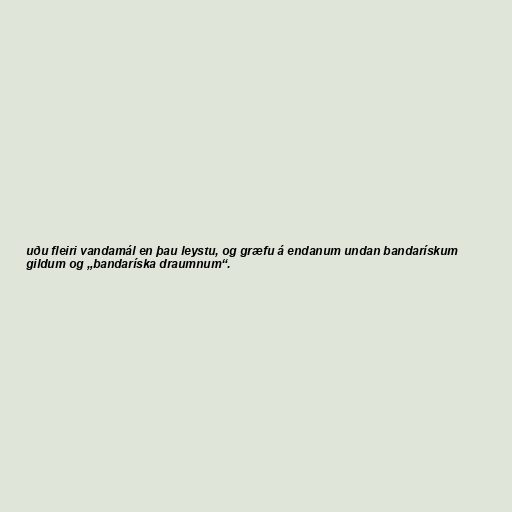
uðu fleiri vandamál en þau leystu, og græfu á endanum undan bandarískum
gildum og „bandaríska draumnum“.